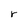
Character: r